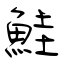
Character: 鮭